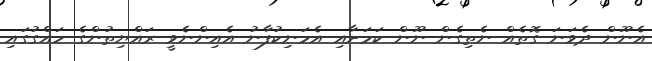
އެނޫން ދެވަނަ ގޮތެއް ނެތިގެން ނޫން ކަމަށާއި އެމަނިކުފާނު އެއިންނެވީ ރައްޔިތުންގެ ހައްގުގައި